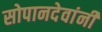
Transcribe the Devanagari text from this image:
सोपानदेवांनी